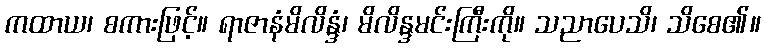
ကထာယ၊ စကားဖြင့်။ ရာဇာနံမိလိန္ဒံ၊ မိလိန္ဒမင်းကြီးကို။ သညာပေသိ၊ သိစေ၏။